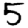
Digit: 5